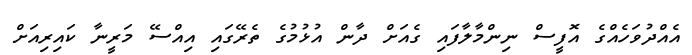
އެއްދުވަހެއްގެ އޮފީސް ނިންމާލާފައި ގެއަށް ދާން އުޅުމުގެ ތެރޭގައި އިއްސޭ މަރީނާ ކައިރިއަށް